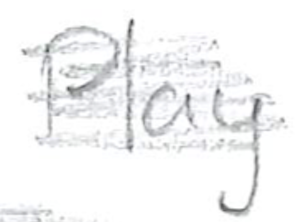
Text: Play
Cross-out: scratch
Writing tool: pencil